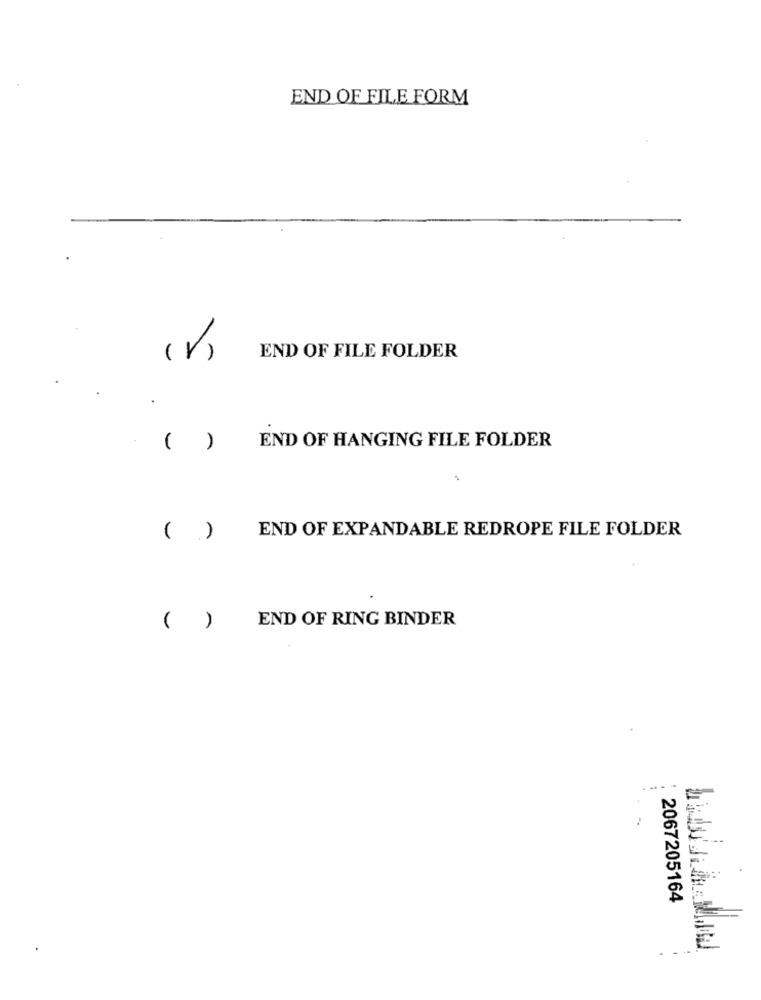
END OF FILE FORM
( V)
END OF FILE FOLDER
( )
END OF HANGING FILE FOLDER
END OF EXPANDABLE REDROPE FILE FOLDER
( )
END OF RING BINDER
( )
2067205164